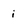
Character: i